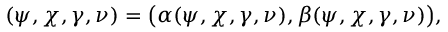
\c ( \psi , \chi , \gamma , \nu ) = \big ( \alpha ( \psi , \chi , \gamma , \nu ) , \beta ( \psi , \chi , \gamma , \nu ) \big ) ,